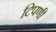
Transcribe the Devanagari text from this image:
टिपणी